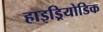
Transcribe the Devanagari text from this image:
हाइड्रियोडिक